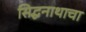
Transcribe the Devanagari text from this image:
सिद्धनाथाचा